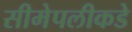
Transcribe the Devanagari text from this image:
सीमेपलीकडे